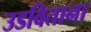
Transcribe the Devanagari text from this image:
उडविताना